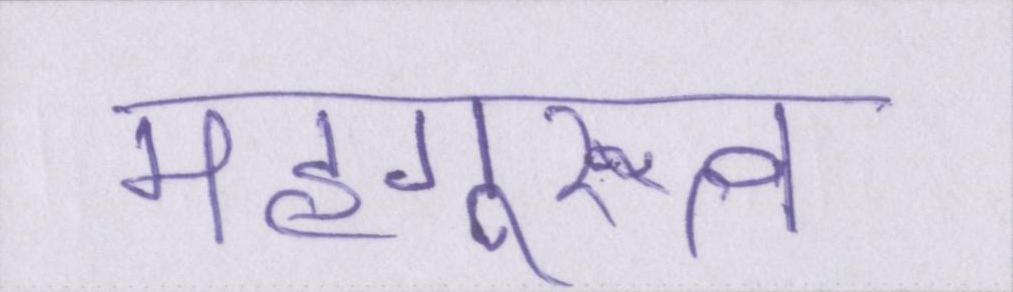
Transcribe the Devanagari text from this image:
महागुरुत्व